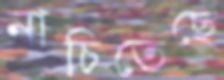
নাচিতেছে